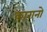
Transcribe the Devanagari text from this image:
कारानो